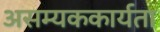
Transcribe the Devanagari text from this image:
असम्यककार्यता